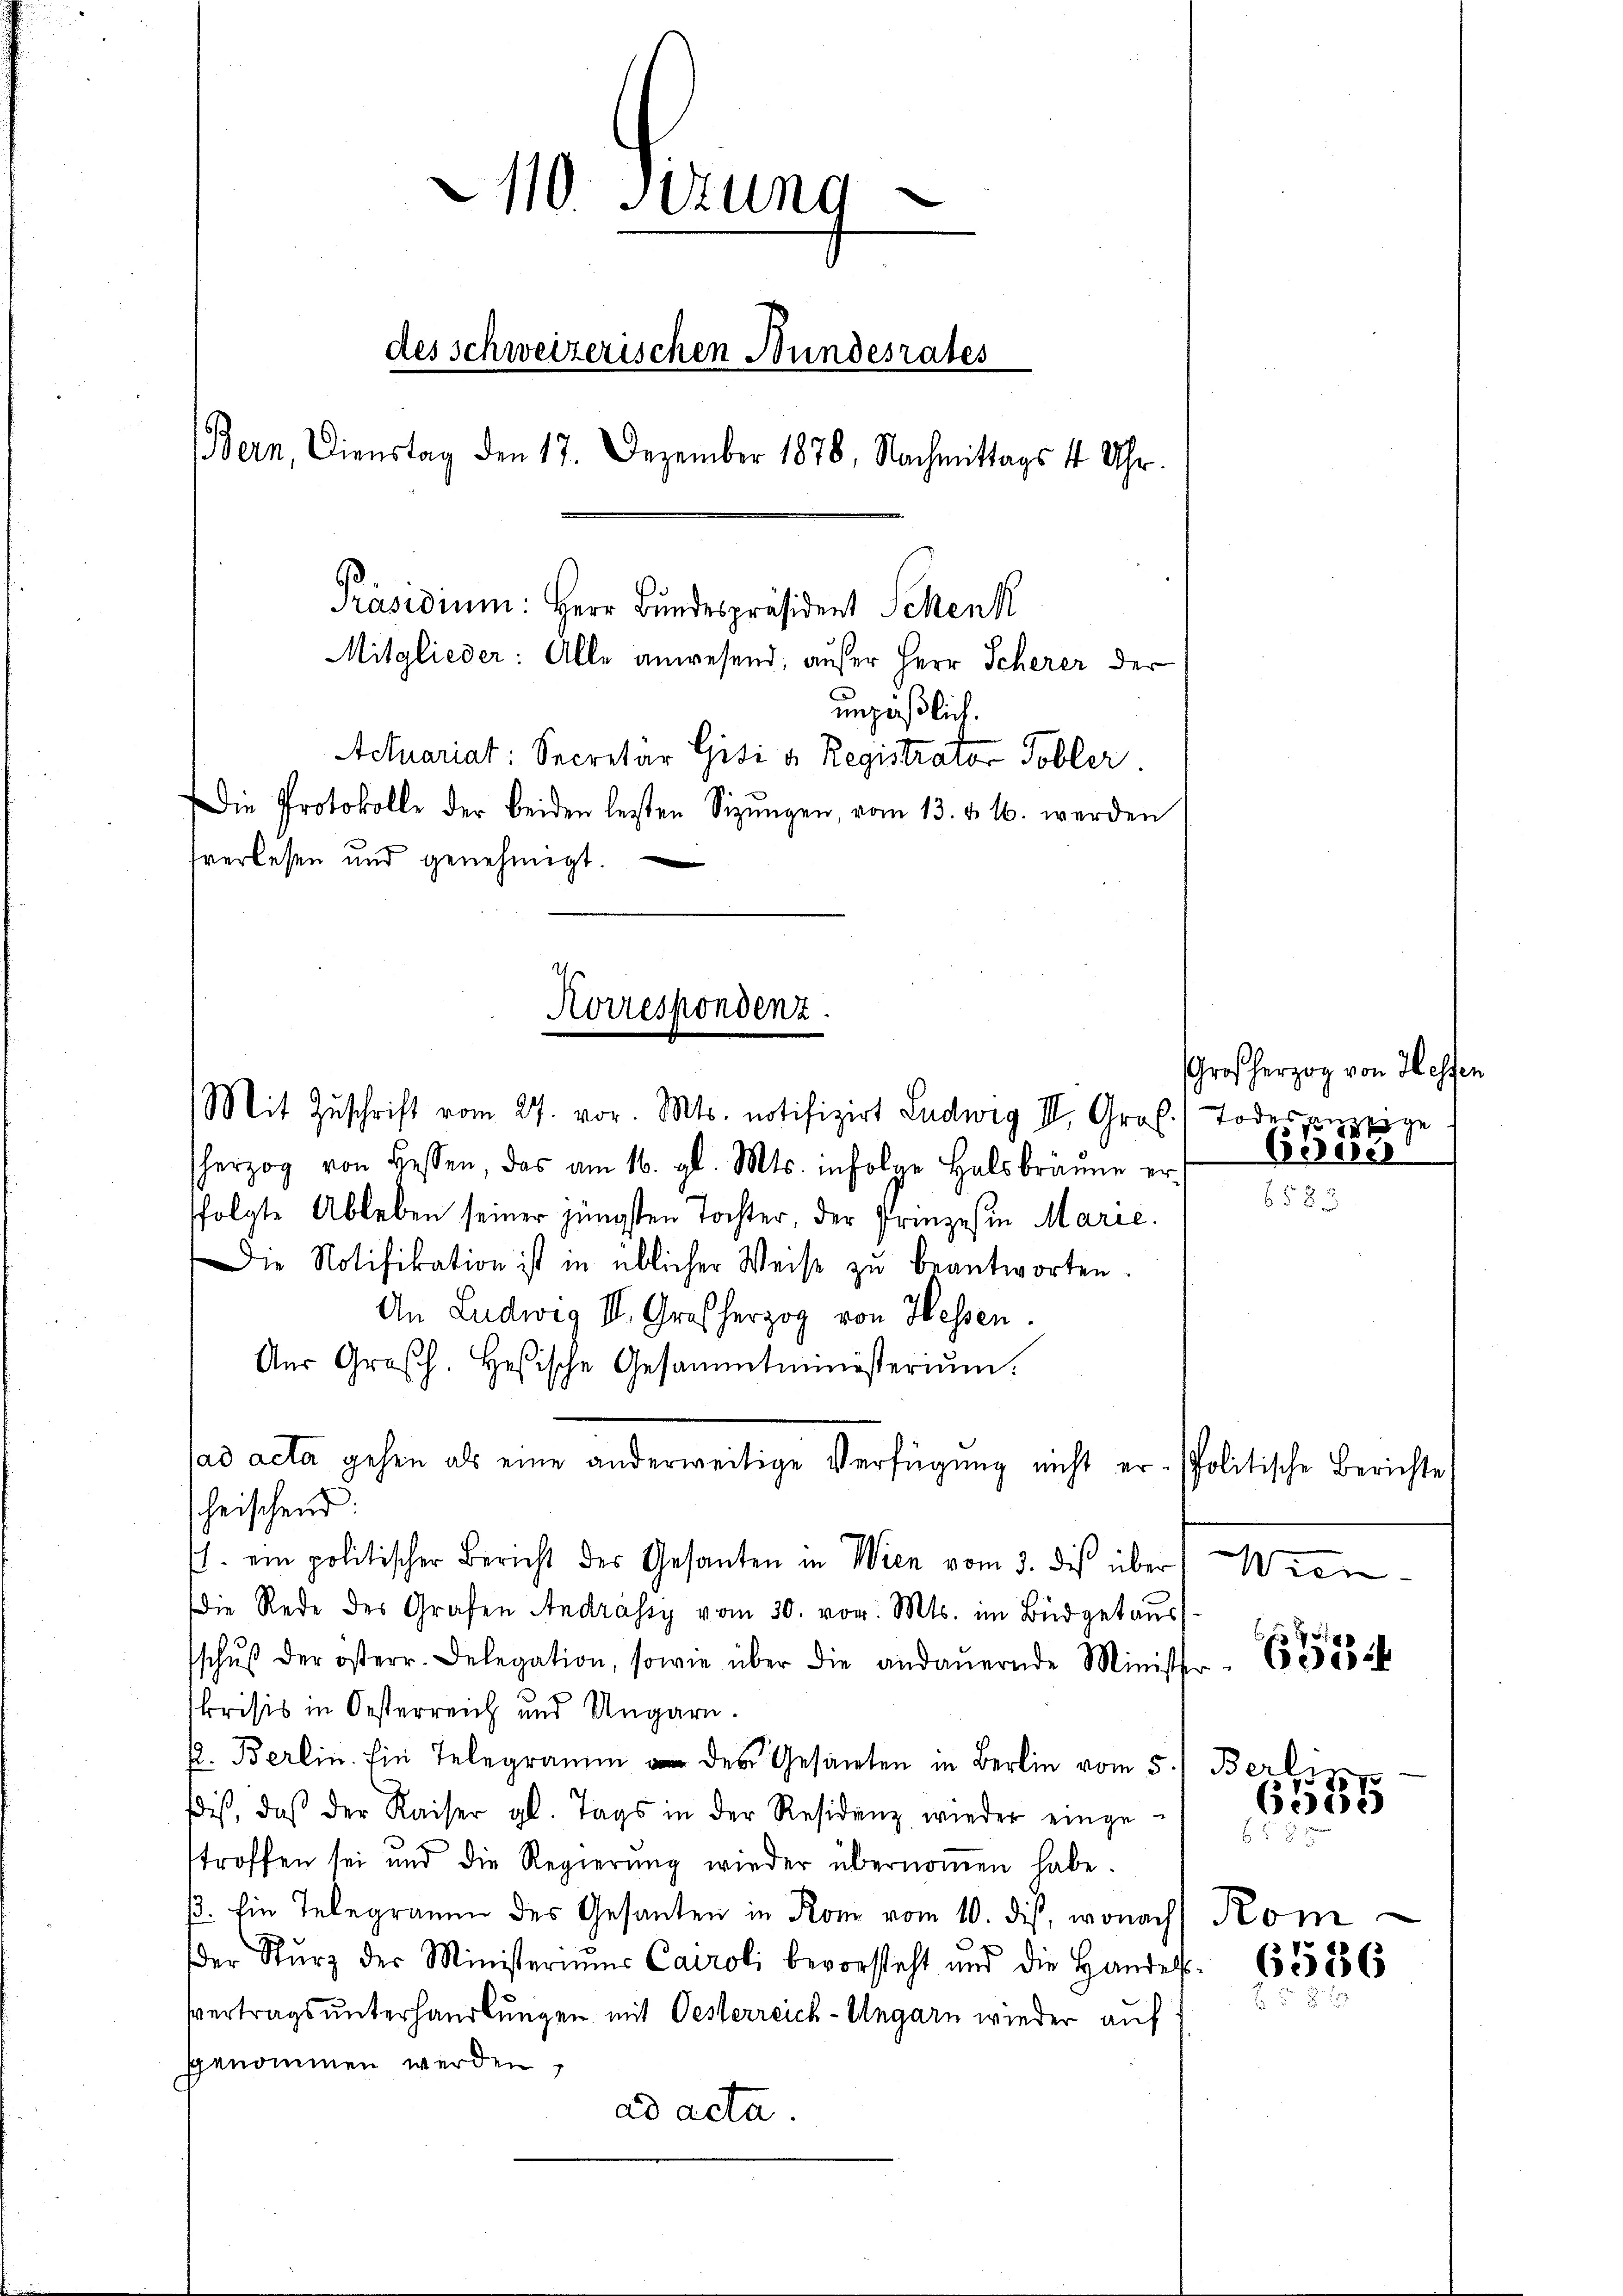
10. Sitzung
des schweizerischen Bundesrates
Bern, Dienstag den 17. Dezember 1878, Nachmittags 1 Uhr.
Präsidium: Herr Bundespräsident Schenk
Mitglieder: Alle anwesend, außer Herr Scherer der
unpäßlich.
Actuariat: Secretär Gisi u. Registrator Tobler.
Die Protokolle der beiden lesten Sizŭngen, vom 13. v. 16. werden
tverlesen und genehmigt.
¬

Korrespondenz.

Mit Zŭschrift vom 27. vor. Mts. notifizirt Ludwig III. Groß. Todesanzeige
herzog von Hessen, das am 16. gl. Mts. infolge Hals bräune er-
ffolgte Ableben seiner jüngsten Tochter, der Prinzeßin Marie.
Die Notifikation ist in üblicher Weise zŭ beantworten.
An Ludwig II. Großherzog von Hessen.
Aŭs Großh. Hesische Gesammtministerium.
ad acta gehen als eine anderweitige Verfügung nicht er- Politische Berichte
heischend
. ein politischer Bericht des Gesanten in Wien vom 3. des über
die Rede des Grafen Andrässy vom 30. vor. Mts. im Büdgetaus
schŭβ der österr. Delegation, sowie über die andaŭernde Minister
krisis in Oesterreich und Ungarn.
f. Berlin. Ein Telegramm des Gesamten in Berlin vom 5.
dis, daß der Kaiser gl. Tags in der Residenz wieder eingetroffen sei und die Regierŭng wieder übernommen habe.
/3. Ein Telegramm des Gesanten in Kon vom 10. dis, wonach
.
der Sturz der Ministeriums Caroli bevorsteht und die Handels-
vertrags unterhandlungen mit Oesterreich-Ungarn wieder auf
sgenommen werden,
ad acta.

Großherzog von Hessen
Bsver

Wien

f 5 x
6324

Berli
6585
b

Kom

6556